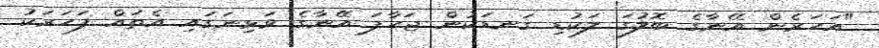
"އަހަރެން އޭނާގެ ބޮލުގަ ލަކުޑި ގަނޑަކުން ޖަހާފަ އޭނާގެ ވަޅިނަގައި އެތައް ފަހަރަކު